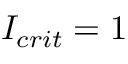
I _ { c r i t } = 1